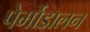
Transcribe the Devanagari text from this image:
पेर्मोडालन